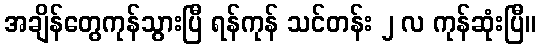
အချိန်တွေကုန်သွားပြီ ရန်ကုန် သင်တန်း ၂ လ ကုန်ဆုံးပြီ။